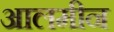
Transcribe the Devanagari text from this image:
आलमीन